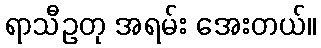
ရာသီဥတု အရမ်း အေးတယ်။